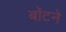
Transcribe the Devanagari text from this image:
बॉटने